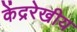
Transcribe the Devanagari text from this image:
केंद्ररेखीय